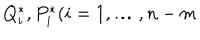
Q _ { i } ^ { \ast } , P _ { i } ^ { \ast } ( i = 1 , \dots , n - m